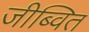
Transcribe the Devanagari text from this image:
जीब्वित